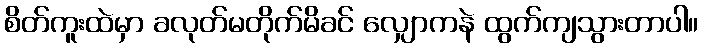
စိတ်ကူးထဲမှာ ခလုတ်မတိုက်မိခင် လျှောကနဲ ထွက်ကျသွားတာပါ။